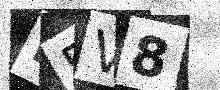
Text: H5V8